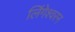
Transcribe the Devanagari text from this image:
लिंगेश्वरन